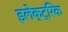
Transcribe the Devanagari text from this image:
इलेक्‍ट्रिक